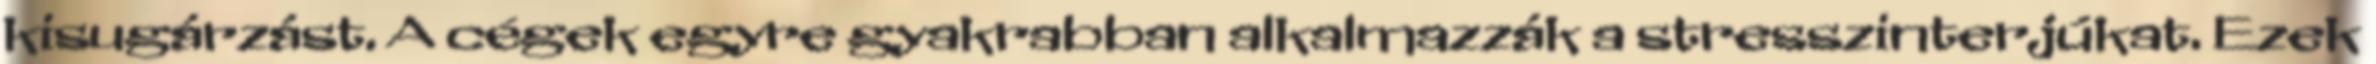
kisugárzást. A cégek egyre gyakrabban alkalmazzák a stresszinterjúkat. Ezek